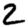
Digit: 2